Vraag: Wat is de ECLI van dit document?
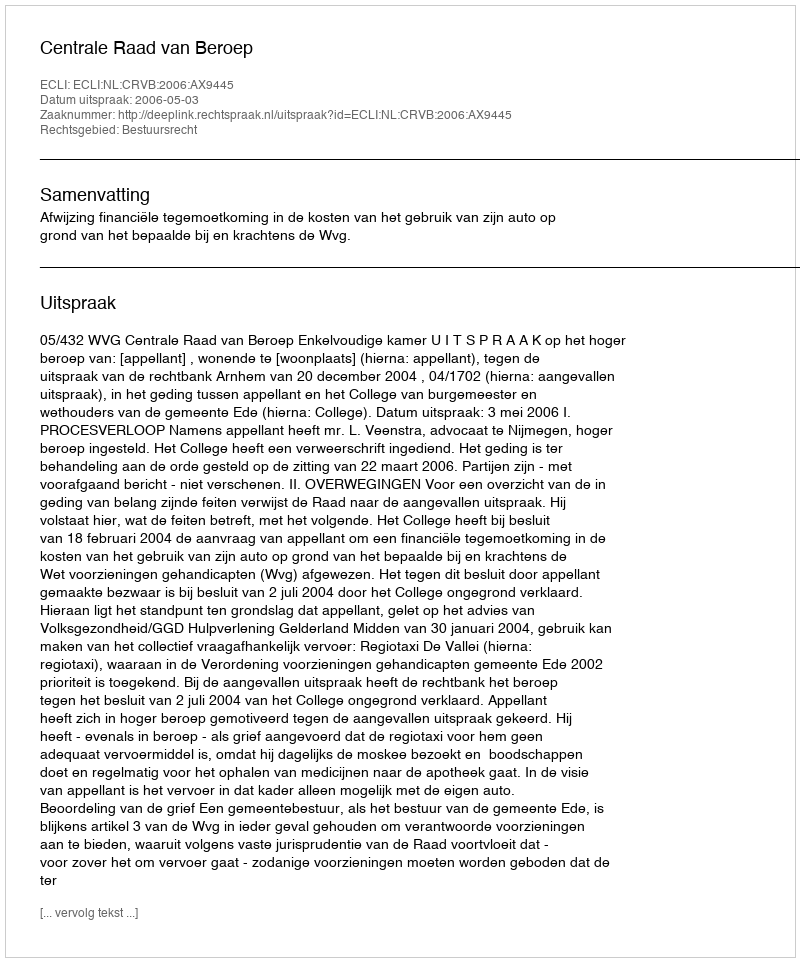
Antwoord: ECLI:NL:CRVB:2006:AX9445